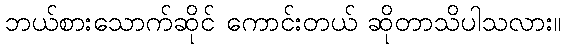
ဘယ်စားသောက်ဆိုင် ကောင်းတယ် ဆိုတာသိပါသလား။